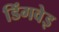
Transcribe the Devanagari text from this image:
डिंगवेइ